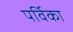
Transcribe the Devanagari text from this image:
पर्विका